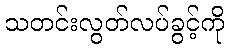
သတင်းလွတ်လပ်ခွင့်ကို